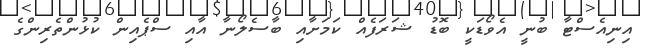
އިނިއެސްޓާ ބުނީ އެވޯޑަކީ ބޮޑު ޝަރަފެއް ކަމަށާއި ބާސެލޯނާ އާއި ސްޕެއިން ކުޅުންތެރިންގެ